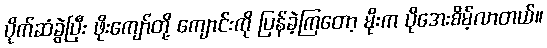
ပိုက်ဆံခွဲပြီး ဖိုးကျော်တို့ ကျောင်းကို ပြန်ခဲ့ကြတော့ မိုးက ပိုအေးစိမ့်လာတယ်။